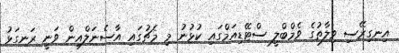
އިނގިރޭސި ވިލާތުގެ ވެމްބްލީ ސްޓޭޑިއަމްގައި ކުޅުނު މި މެޗުގައި އާސެނަލްއިން ވަނީ ރަނގަޅު